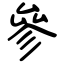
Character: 參